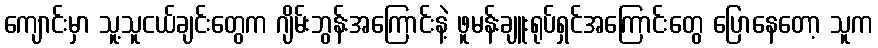
ကျောင်းမှာ သူ့သူငယ်ချင်းတွေက ဂျိမ်းဘွန်းအကြောင်းနဲ့ ဖူမန်းချူးရုပ်ရှင်အကြောင်းတွေ ပြောနေတော့ သူက